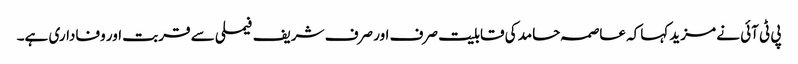
پی ٹی آئی نے مزید کہاکہ عاصمہ حامد کی قابلیت صرف اور صرف شریف فیملی سے قربت اور وفاداری ہے۔